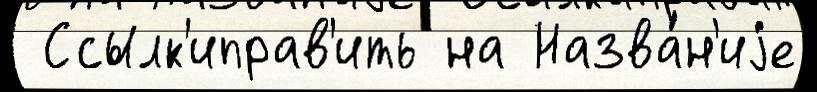
 Ссылк'иправ'ить на Назва́н'иjе